Madras plague regulations and rules - Volume 2
Disease focus: Plague
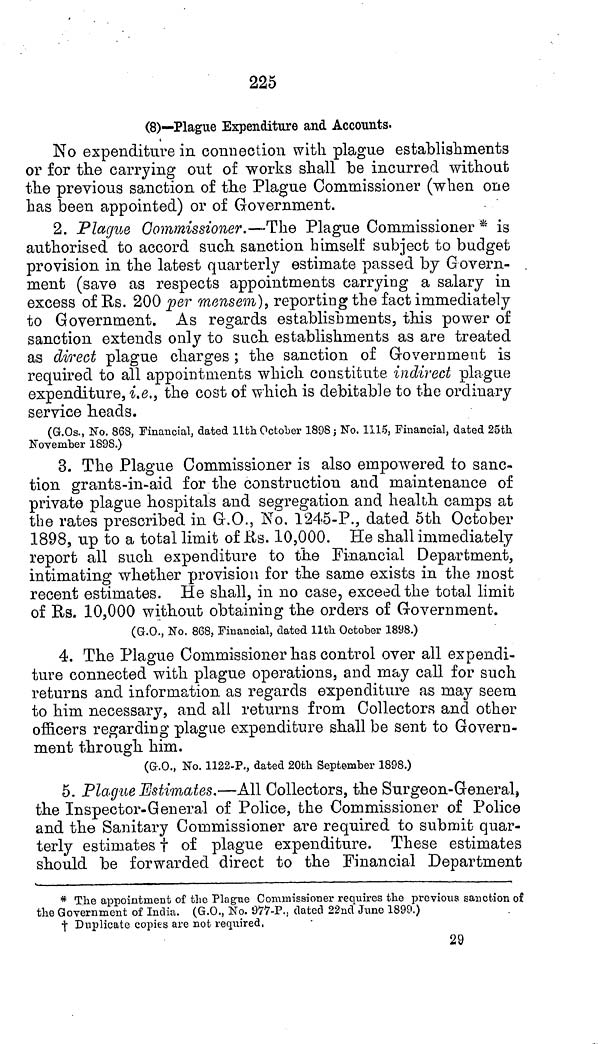
225
(8)—Plague Expenditure and Accounts.
No expenditure in connection with plague establishments
or for the carrying out of works shall be incurred without
the previous sanction of the Plague Commissioner (when one
has been appointed) or of Government.
2. Plague Commissioner.—The Plague Commissioner * is
authorised to accord such sanction himself subject to budget
provision in the latest quarterly estimate passed by Govern-
ment (save as respects appointments carrying a salary in
excess of Rs. 200 per mensem), reporting the fact immediately
to Government. As regards establishments, this power of
sanction extends only to such establishments as are treated
as direct plague charges ; the sanction of Government is
required to all appointments which constitute indirect plague
expenditure, i.e., the cost of which is debitable to the ordinary
service heads.
(G.Os., No. 868, Financial, dated 11th October 1898; No. 1115, Financial, dated 25th
November 1898.)
3. The Plague Commissioner is also empowered to sanc-
tion grants-in-aid for the construction and maintenance of
private plague hospitals and segregation and health camps at
the rates prescribed in G.O., No. 1245-P., dated 5th October
1898, up to a total limit of Us. 10,000. He shall immediately
report all such expenditure to the Financial Department,
intimating whether provision for the same exists in the most
recent estimates. He shall, in no case, exceed the total limit
of Rs. 10,000 without obtaining the orders of Government.
(G.O., No. 868, Financial, dated 11th October 1898.)
4. The Plague Commissioner has control over all expendi-
ture connected with plague operations, and may call for such
returns and information as regards expenditure as may seem
to him necessary, and all returns from Collectors and other
officers regarding plague expenditure shall be sent to Govern-
ment through him.
(G.O., No. 1122-P., dated 20th September 1898.)
5. Plague Estimates.—All Collectors, the Surgeon-General,
the Inspector-General of Police, the Commissioner of Police
and the Sanitary Commissioner are required to submit quar-
terly estimates † of plague expenditure. These estimates
should be forwarded direct to the Financial Department
* The appointment of the Plague Commissioner requires the previous sanction of
the Government of India. (G.O., No. 977-P., dated 22nd June 1899.)
† Duplicate copies are not required,
29